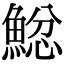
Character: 𩸂